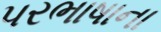
પરભાષાના